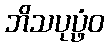
ဘိသပုပ္ဖံဝ